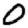
Digit: 0